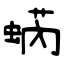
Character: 蜹